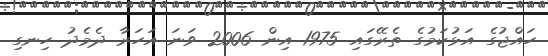
ހައްޖުގެ އަޅުކަމުގެ ތެރޭގައި 1975 އިން 2006 ވަނަ އަހަރާ ދެމެދު ހިނގި